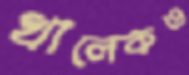
খালেকও